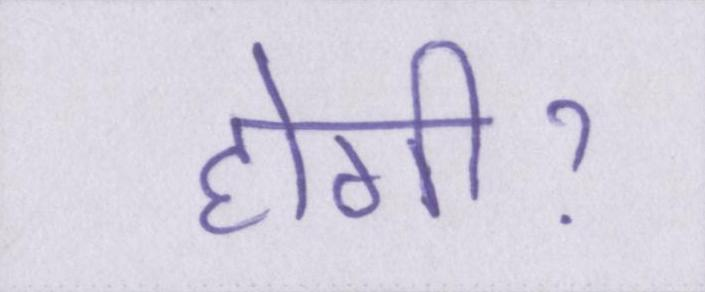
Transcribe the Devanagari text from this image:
होगीॽ